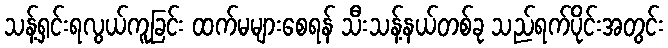
သန့်ရှင်းရလွယ်ကူခြင်း ထက်မများစေရန် သီးသန့်နယ်တစ်ခု သည်ရက်ပိုင်းအတွင်း